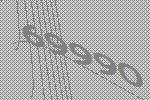
69990